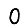
Digit: 0